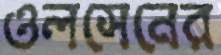
ওলসেনের